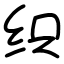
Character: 织